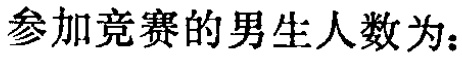
参加竞赛的男生人数为：